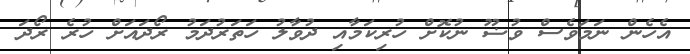
އެހެން ނަމަވެސް ވުޟޫ ނުކޮށް ހުރިކަމާއި ދުވާލު ހަތަރުދަމު ރޯދައަށް ހުރެ ރޯދަ